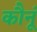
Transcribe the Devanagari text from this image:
कौनूं